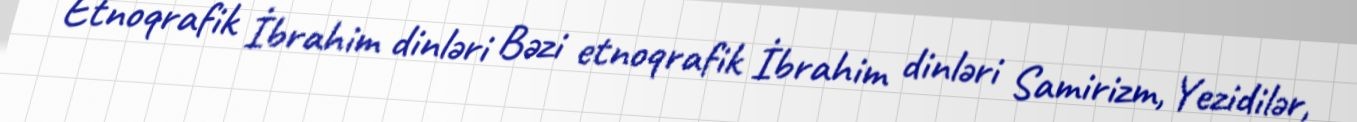
Etnoqrafik İbrahim dinləri Bəzi etnoqrafik İbrahim dinləri Samirizm, Yezidilər,